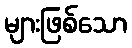
များဖြစ်သော